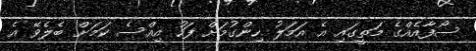
ސޯފާއެއްގެ މަތީގައި އެ އަމަލު ހިންގުމަށް ފަހު އިއްސެ ކަމަށް ބެލެވޭ އެ